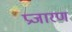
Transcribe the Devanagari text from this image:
प्रजारण